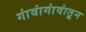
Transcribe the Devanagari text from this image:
गांवांगांवांतून